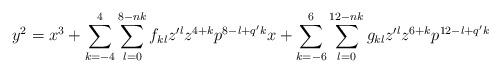
LaTeX: \begin{align*}y^2=x^3+\sum_{k=-4}^{4}\sum_{l=0}^{8-nk}f_{kl}z^{\prime l}z^{4+k}p^{8-l+q^{\prime}k}x+\sum_{k=-6}^{6}\sum_{l=0}^{12-nk}g_{kl}z^{\prime l}z^{6+k} p^{12-l+q^{\prime}k}\end{align*}